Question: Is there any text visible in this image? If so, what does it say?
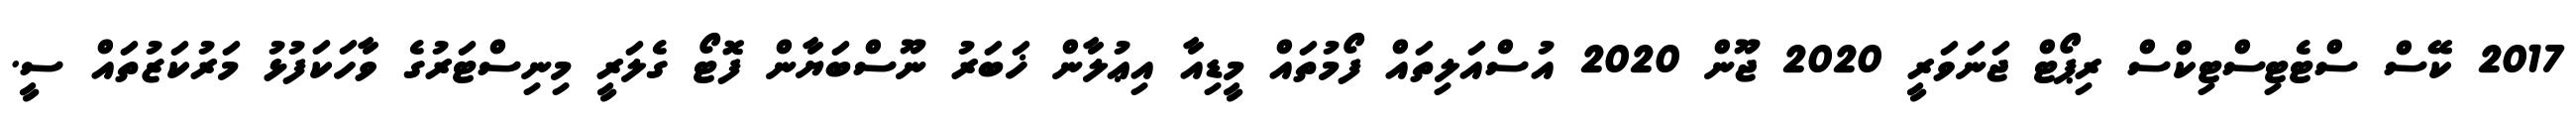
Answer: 2017 ކޭސް ސްޓެޓިސްޓިކްސް ރިޕޯޓް ޖަނަވަރީ 2020 ޖޫން 2020 އުސްއަލިތައް ފޯމުތައް މީޑިއާ އިޢުލާން ޚަބަރު ނޫސްބަޔާން ފޮޓޯ ގެލަރީ މިނިސްޓަރުގެ ވާހަކަފުޅު މަރުކަޒުތައް ސީ.